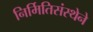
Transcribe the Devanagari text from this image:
निर्मितिसंस्थेने